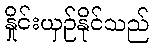
နှိုင်းယှဉ်နိုင်သည်